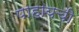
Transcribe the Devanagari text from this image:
पाहायची